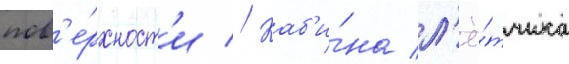
пов'е́рхност'и // Каб'и́на л'ё́тчика